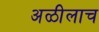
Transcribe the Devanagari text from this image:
अळीलाच